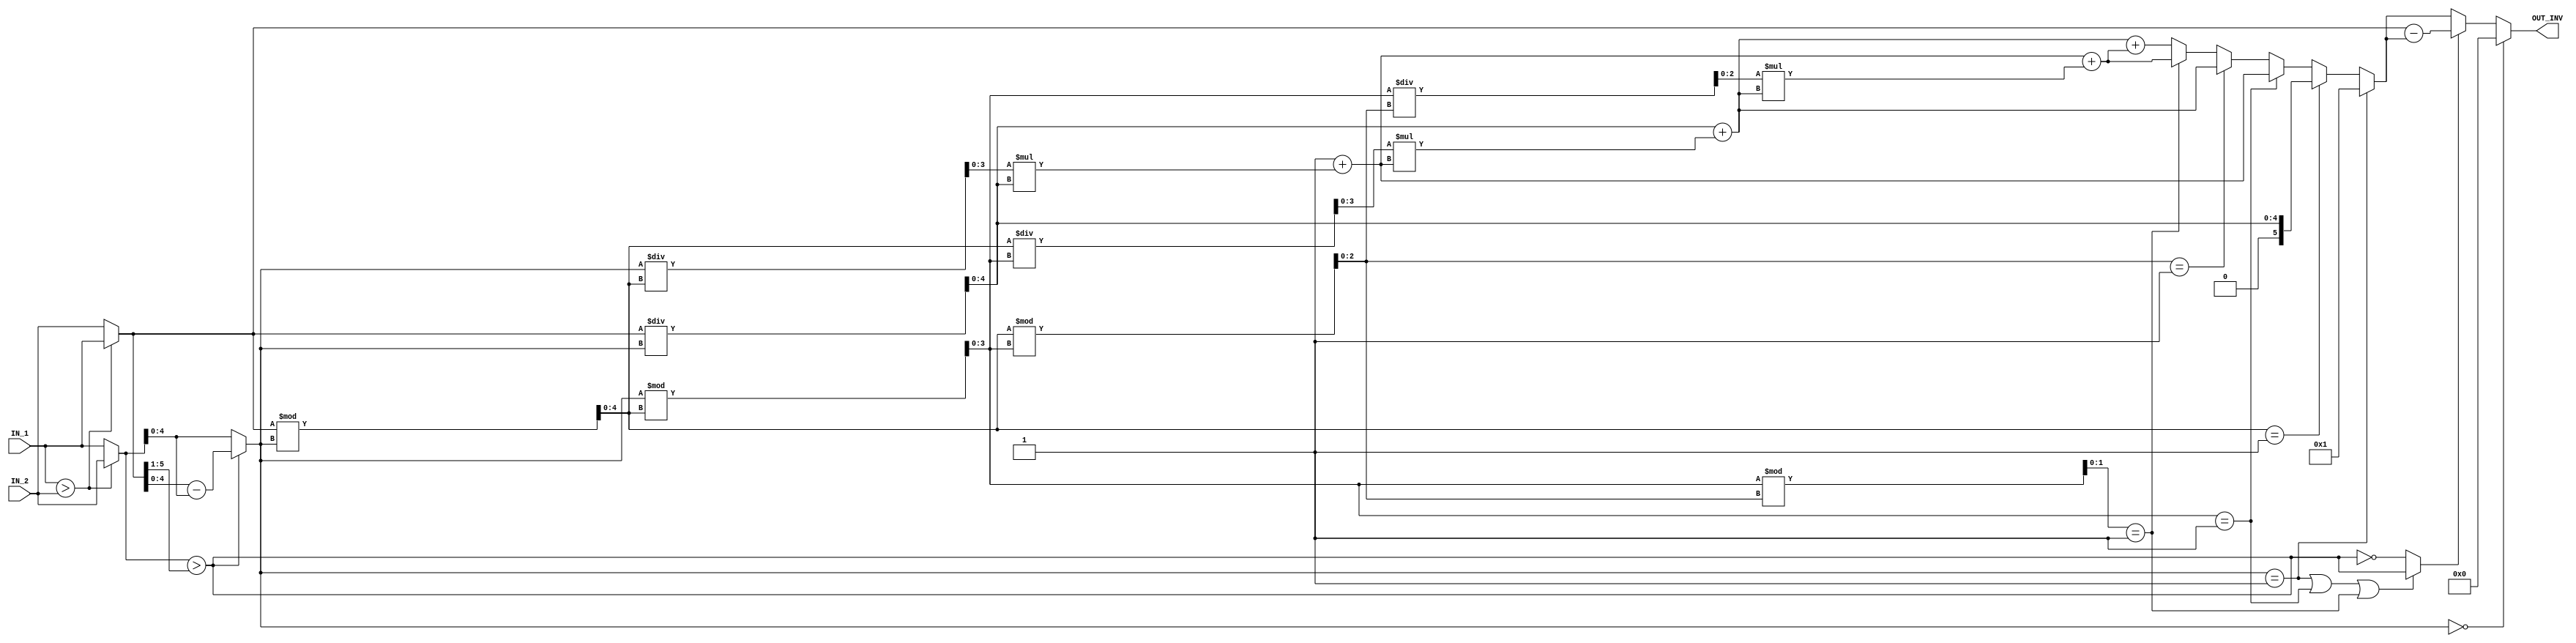
//===========================================================================
//    (C) Copyright Optimum Application-Specific Integrated System Laboratory
//    All Right Reserved
//		Version		: v1.0
//   	Module Name : INV_IP
//===========================================================================

module INV_IP #(parameter IP_WIDTH = 6) (
    // Input signals
    IN_1, IN_2,
    // Output signals
    OUT_INV
);


// ===============================================================
// Declaration
// ===============================================================
input      [IP_WIDTH-1:0] IN_1, IN_2;
output reg [IP_WIDTH-1:0] OUT_INV;

// ===============================================================
// Soft IP DESIGN
// ===============================================================

genvar i, j, k;
generate
if(IP_WIDTH == 6) begin: gen_w6
    
    reg [IP_WIDTH-1: 0] y[4:0];
    reg [5: 0] a0;
    reg [4: 0] a1, a2, b0, b1;
    reg [3: 0] a3, b2;
    reg [2: 0] b3;

    reg [4: 0] q0, r0;
    reg [3: 0] q1, q2, r1;
    reg [2: 0] q3, r2;
    reg [1: 0] r3;
    reg [IP_WIDTH-1: 0] temp_b;
    reg [IP_WIDTH-1: 0] temp_out;
    reg temp_neg, neg;

    always @(*) begin
        temp_b = (IN_1 > IN_2) ? IN_2 : IN_1;
        temp_neg = temp_b > (a0 >> 1);
    end

    always @(*) begin
        a0 = (IN_1 > IN_2) ? IN_1 : IN_2;
        b0 = (temp_neg) ? (a0 - temp_b) : temp_b;
    end

    always @(*) begin
        a1 = b0;
        b1 = r0;
    end

    always @(*) begin
        a2 = b1;
        b2 = r1;
    end

    always @(*) begin
        a3 = b2;
        b3 = r2;
    end

    always @(*) begin
        q0 = a0 / b0;
        r0 = a0 % b0;
    end

    always @(*) begin
        q1 = a1 / b1;
        r1 = a1 % b1;
    end

    always @(*) begin
        q2 = a2 / b2;
        r2 = a2 % b2;
    end

    always @(*) begin
        q3 = a3 / b3;
        r3 = a3 % b3;
    end

    always @(*) begin
        y[0] = q0;
        y[1] = 1    + q1 * y[0];
        y[2] = y[0] + q2 * y[1];
        y[3] = y[1] + q3 * y[2];
        y[4] = y[2] + y[3];
    end

    always @(*) begin
        if(b0 == 1)       temp_out = 1;
        else if(r0 == 1)  temp_out = y[0];
        else if(r1 == 1)  temp_out = y[1];
        else if(r2 == 1)  temp_out = y[2];
        else if(r3 == 1)  temp_out = y[3];
        else              temp_out = y[4];
    end

    always @(*) begin
        if(b0 == 1 || r1 == 1 || r3 == 1) neg = temp_neg;
        else                              neg = ~temp_neg;
    end

    always @(*) begin
        if(b0 == 0)       OUT_INV = 0;
        else              OUT_INV = (neg) ? (a0-temp_out) : temp_out;
    end
end
else begin: gen_normal
    reg [IP_WIDTH-1: 0] y[IP_WIDTH-1:0];
    reg [IP_WIDTH-1: 0] a[IP_WIDTH-1:0];
    reg [IP_WIDTH-1: 0] b[IP_WIDTH-1:0];
    reg [IP_WIDTH-1: 0] q[IP_WIDTH-1:0];
    reg [IP_WIDTH-1: 0] r[IP_WIDTH-1:0];
    reg [IP_WIDTH-1: 0] temp_b;
    reg [IP_WIDTH-1: 0] temp_out;
    reg temp_neg, neg;

    always @(*) begin
        temp_b = (IN_1 > IN_2) ? IN_2 : IN_1;
        temp_neg = temp_b > (a[0] >> 1);
    end

    for(i=0; i<IP_WIDTH; i=i+1) begin: loop_ab
        if(i == 0) begin
            always @(*) begin
                a[i] = (IN_1 > IN_2) ? IN_1 : IN_2;
                b[i] = (temp_neg) ? (a[0] - temp_b) : temp_b;
            end
        end
        else begin
            always @(*) begin
                a[i] = b[i-1];
                b[i] = r[i-1];
            end
        end
    end

    for(j=0; j<IP_WIDTH; j=j+1) begin: loop_qr
        always @(*) begin
            q[j] = a[j] / b[j];
            r[j] = a[j] % b[j];
        end
    end

    for(k=0; k<IP_WIDTH; k=k+1) begin: loop_y
        if(k == 0) begin: loop_y_k0
            always @(*)  y[k] = q[k];
        end
        else if(k == 1) begin: loop_y_k1
            always @(*)  y[k] = 1 + q[k] * y[k-1];
        end
        else if(k == 6) begin: loop_y_k6
            always @(*)  y[k] = y[k-2] + y[k-1];
        end
        else begin: loop_y_else
            always @(*)  y[k] = y[k-2] + q[k] * y[k-1];
        end 
    end

    if(IP_WIDTH == 5) begin: sel_out_w5
        always @(*) begin
            if(b[0] == 1)       temp_out = 1;
            else if(r[0] == 1)  temp_out = y[0];
            else if(r[1] == 1)  temp_out = y[1];
            else if(r[2] == 1)  temp_out = y[2];
            else if(r[3] == 1)  temp_out = y[3];
            else                temp_out = y[4];
        end
        always @(*) begin
            if(b[0] == 1 || r[1] == 1 || r[3] == 1) neg = temp_neg;
            else                                    neg = ~temp_neg;
        end
    end
    else begin: sel_out_w7
        always @(*) begin
            if(b[0] == 1)       temp_out = 1;
            else if(r[0] == 1)  temp_out = y[0];
            else if(r[1] == 1)  temp_out = y[1];
            else if(r[2] == 1)  temp_out = y[2];
            else if(r[3] == 1)  temp_out = y[3];
            else if(r[4] == 1)  temp_out = y[4];
            else if(r[5] == 1)  temp_out = y[5];
            else                temp_out = y[6];
        end
        always @(*) begin
            if(b[0] == 1 || r[1] == 1 || r[3] == 1 || r[5] == 1) neg = temp_neg;
            else                                                 neg = ~temp_neg;
        end
    end

    always @(*) begin
        if(b[0] == 0)       OUT_INV = 0;
        else                OUT_INV = (neg) ? (a[0]-temp_out) : temp_out;
    end
end
endgenerate


endmodule